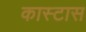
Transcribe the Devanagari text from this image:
कास्टास